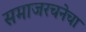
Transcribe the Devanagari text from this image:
समाजरचनेचा